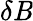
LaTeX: \delta\mathit{B}